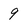
Character: 9